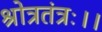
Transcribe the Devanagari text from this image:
श्रोत्रतंत्रः।।